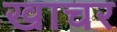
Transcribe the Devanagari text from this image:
खाचर